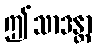
ဤသာဒန္တာ